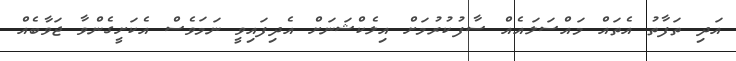
އަދި ތަފާތު އެތައް މައްސަލައެއް ސާފުކުރުމަށް އިލެކްޝަނަށް އެދިފައިވީ ނަމަވެސް އެކަށީގެންވާ ޖަވާބެއް